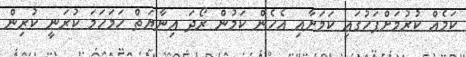
ކަމެއް ކުރުމަށްފަހުގައި ކަމަށާއި އެހެން ކަމުން ރޯދަ އިނާޔަތް ހަމަހަމަ ކުރަނީ ކުރިން